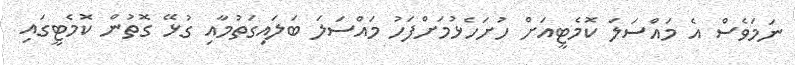
ނަމަވެސް އެ މައްސަލަ ކޮމެޓީއަށް ހުށަހެޅުމަށްފަހު މައްސަލަ ބަލައިގަތުމާއި ގުޅޭ ގޮތުން ކޮމެޓީގައި